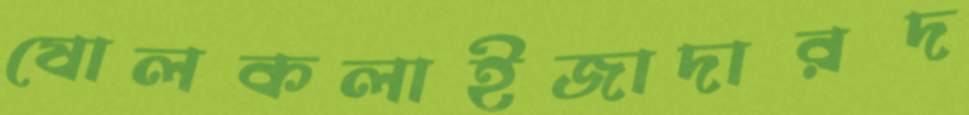
ষোলকলাইজাদারদ